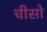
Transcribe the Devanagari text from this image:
चीसो